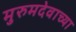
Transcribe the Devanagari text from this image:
मुरुमदेवाच्या